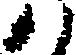
八